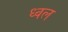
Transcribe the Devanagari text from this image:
ध्वल